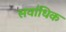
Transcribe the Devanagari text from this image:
सवा॑धिक